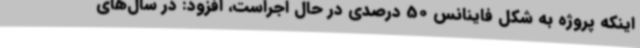
اینکه پروژه به شکل فاینانس 50 درصدی در حال اجراست، افزود: در سال‌های